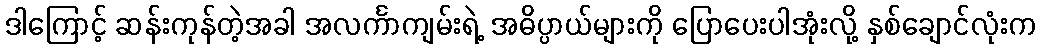
ဒါကြောင့် ဆန်းကုန်တဲ့အခါ အလင်္ကာကျမ်းရဲ့ အဓိပ္ပာယ်များကို ပြောပေးပါအုံးလို့ နှစ်ချောင်လုံးက